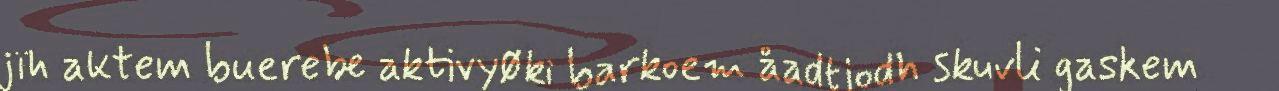
jïh aktem buerebe aktivyøki barkoem åadtjodh skuvli gaskem